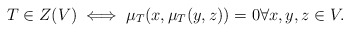
\begin{align*}T \in Z(V) \iff \mu_T(x,\mu_T(y,z)) = 0 \forall x,y,z \in V.\end{align*}